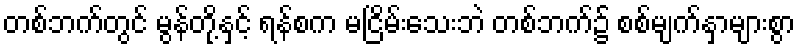
တစ်ဘက်တွင် မွန်တို့နှင့် ရန်စက မငြိမ်းသေးဘဲ တစ်ဘက်၌ စစ်မျက်နှာများစွာ